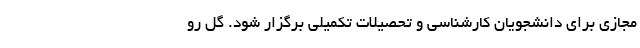
مجازی برای دانشجویان کارشناسی و تحصیلات تکمیلی برگزار شود. گل رو